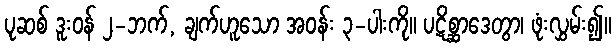
ပုဆစ် ဒူးဝန် ၂-ဘက်, ချက်ဟူသော အဝန်း ၃-ပါးကို။ ပဋိစ္ဆာဒေတွာ၊ ဖုံးလွှမ်း၍။